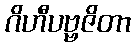
ဂိဟီပဗ္ဗဇိတာ